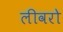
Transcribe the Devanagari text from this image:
लीवरो